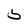
Character: 5